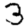
Digit: 3